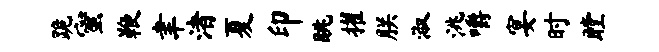
跪蜜鞭聿渚夏印眺擢朕淑洮嚼宴时瞠